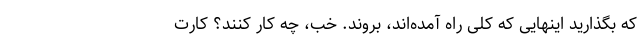
که بگذارید اینهایی که کلی راه آمده‌اند، بروند. خب، چه کار کنند؟ کارت